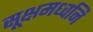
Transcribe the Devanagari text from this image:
सूक्षमध्वनि